Calcutta medical institutions reports 1879-81 [i.e.91]
Year: 1879
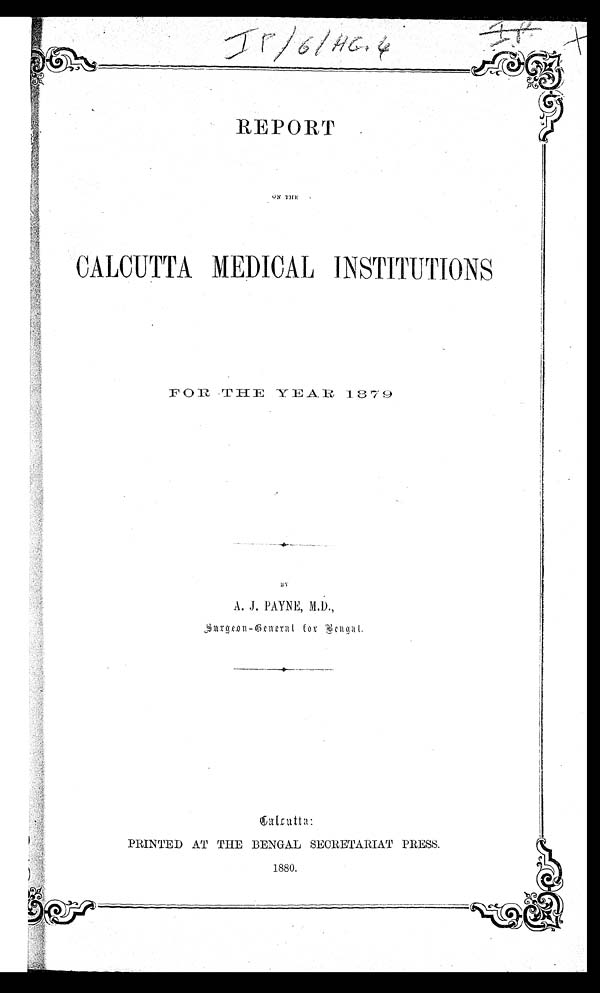
I P / 6 / H G - 4
I . P .
REPORT
ON THE
CALCUTTA MEDICAL INSTITUTIONS
FOR THE YEAR 1879
BY
A. J. PAYNE, M.D.,
Surgeon - General for Bengal.
Calcutta:
PRINTED AT THE BENGAL SECRETARIAT PRESS.
1880.